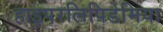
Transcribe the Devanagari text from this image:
हाइपरलिपिडेमिया